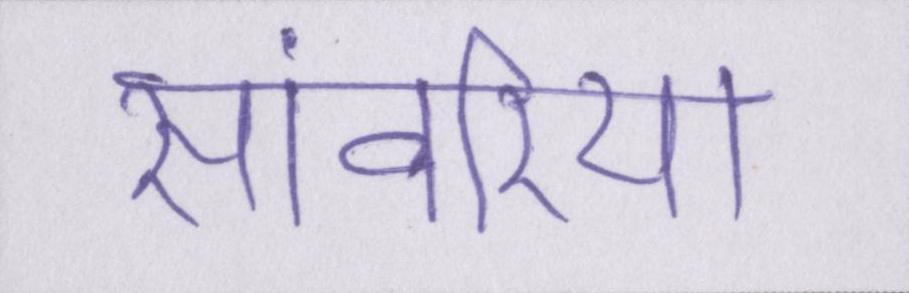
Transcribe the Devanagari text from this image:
सांवरिया